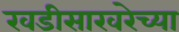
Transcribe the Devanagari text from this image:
खडीसाखरेच्या